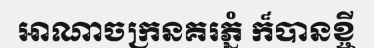
អាណាចក្រនគរភ្នំ ក៏បានខ្ចី